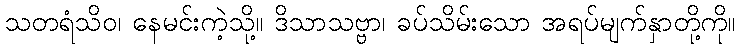
သတရံသိဝ၊ နေမင်းကဲ့သို့။ ဒိသာသဗ္ဗာ၊ ခပ်သိမ်းသော အရပ်မျက်နှာတို့ကို။